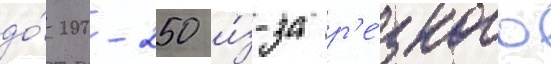
до́ 200-250 и́з-за р'е́зкого